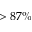
> 8 7 \%